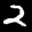
Label: 2